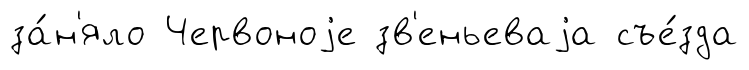
за́н'яло Червоноjе зв'еньеваjа съе́зда